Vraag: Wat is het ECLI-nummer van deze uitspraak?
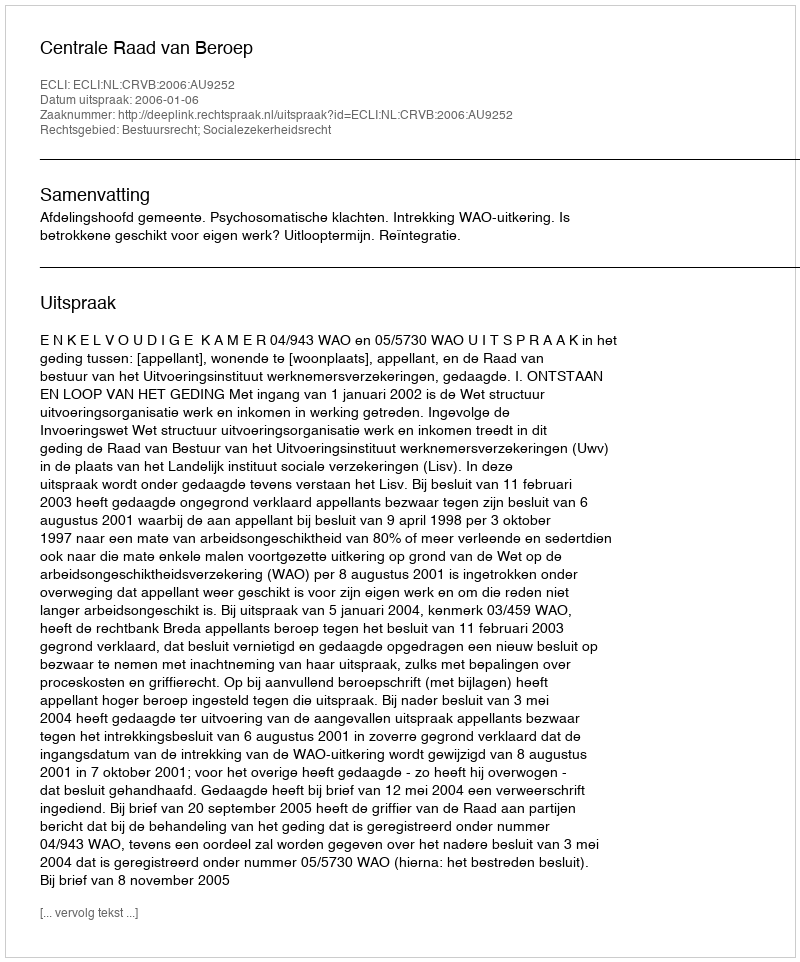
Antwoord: ECLI:NL:CRVB:2006:AU9252